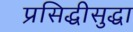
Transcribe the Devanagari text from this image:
प्रसिद्धीसुद्धा